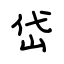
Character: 岱